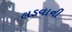
લડવાની